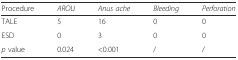
<table><thead><tr><td><b>Procedure</b></td><td><b><i>AROU</i></b></td><td><b><i>Anus ache</i></b></td><td><b><i>Bleeding</i></b></td><td><b><i>Perforation</i></b></td></tr></thead><tbody><tr><td>TALE</td><td>5</td><td>16</td><td>0</td><td>0</td></tr><tr><td>ESD</td><td>0</td><td>3</td><td>0</td><td>0</td></tr><tr><td><i>p</i> value</td><td>0.024</td><td>&lt;0.001</td><td>/</td><td>/</td></tr></tbody></table>